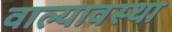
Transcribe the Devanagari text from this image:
वाल्यावस्था